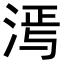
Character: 𬇵